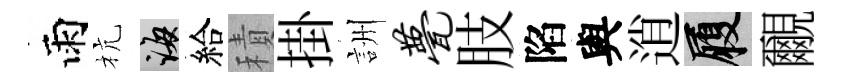
雨杭誨給積掛詶甍肢陷與逍履覼